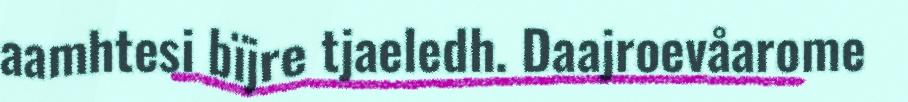
aamhtesi bïjre tjaeledh. Daajroevåarome